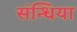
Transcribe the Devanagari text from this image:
संन्धिया